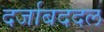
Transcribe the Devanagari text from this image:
दर्जाबददल